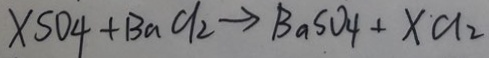
x S O _ { 4 } + B a C l _ { 2 } \rightarrow B a S O _ { 4 } + x C l _ { 2 }